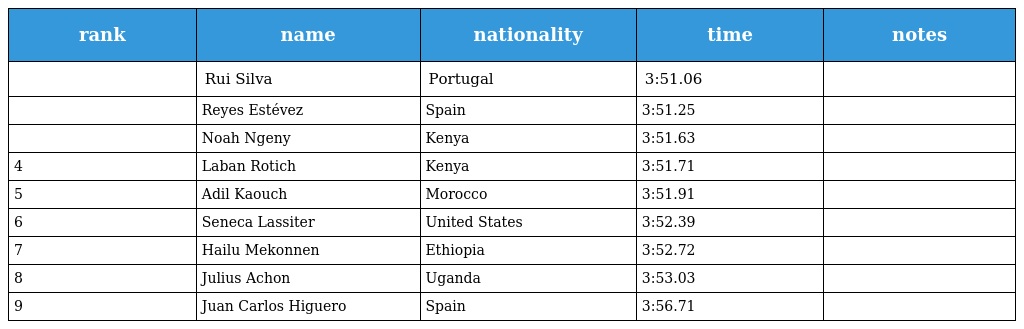
| rank | name | nationality | time | notes |
 | --- | --- | --- | --- | --- |
 |  | Rui Silva | Portugal | 3:51.06 |  |
 |  | Reyes Estévez | Spain | 3:51.25 |  |
 |  | Noah Ngeny | Kenya | 3:51.63 |  |
 | 4 | Laban Rotich | Kenya | 3:51.71 |  |
 | 5 | Adil Kaouch | Morocco | 3:51.91 |  |
 | 6 | Seneca Lassiter | United States | 3:52.39 |  |
 | 7 | Hailu Mekonnen | Ethiopia | 3:52.72 |  |
 | 8 | Julius Achon | Uganda | 3:53.03 |  |
 | 9 | Juan Carlos Higuero | Spain | 3:56.71 |  |